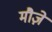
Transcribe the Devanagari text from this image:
मौज़े